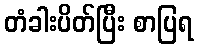
တံခါးပိတ်ပြီး စာပြရ